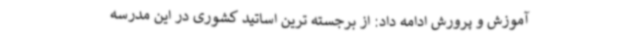
آموزش و پرورش ادامه داد: از برجسته ترین اساتید کشوری در این مدرسه